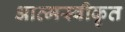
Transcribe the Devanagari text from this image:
आत्‍मस्‍वीकृत